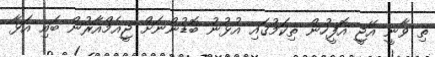
ތި ވާނީ އޭޖީ އޮފީހުން ތިކަމުގައި އުޅުނު ބޮޑުންނަށް ޖީއެމްއާރުން ބައި އަޅާ